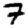
Digit: 7